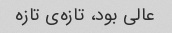
عالی بود، تازه‌ی تازه